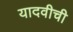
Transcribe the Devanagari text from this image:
यादवीची